Insane asylums Bombay 1873-77 - 1873-1877
Year: 1873
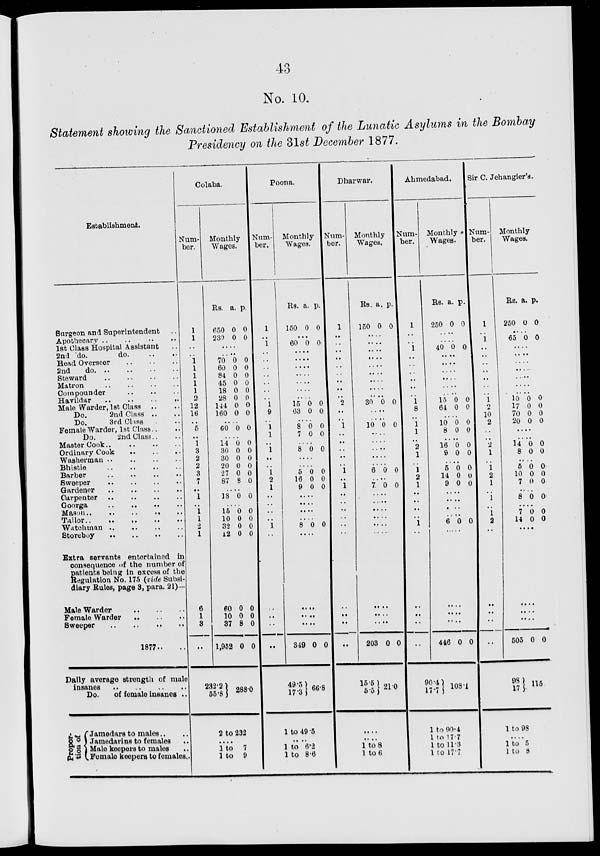
43
No. 10.
Statement showing the Sanctioned Establishment of the Lunatic Asylums in the Bombay
Presidency on the 31st December 1877.
Establishment.
Surgeon and Superintendent ..
Apothecary .. .. .. ..
1st Class Hospital Assistant ..
2nd do.
do. .. ..
Head Overseer
..
..
..
2nd do. .. .. .. ..
Steward
..
..
..
..
Matron
..
..
..
..
Compounder .. .. ..
Havildar
..
..
..
..
Male Warder, 1st Class .. ..
Do.
2nd Class .. ..
Do.
3rd Class ..
Female Warder, 1st Class .. ..
Do.
2nd Class .. ..
Master Cook ..
..
..
..
Ordinary Cook .. .. .. ..
Washerman .. .. .. ..
Bhistie
..
..
..
..
Barber
..
..
..
..
Sweeper
..
..
..
..
Gardener .. .. .. ..
Carpenter
..
..
..
..
Goorga
..
..
..
..
Mason
..
..
..
..
..
Tailor
..
..
..
..
..
Watchman .. .. .. ..
Storeboy .. .. .. ..
Extra servants entertained in
consequence of the number of
patients being in excess of the
Regulation No. 175 (vide Subsi-
diary Rules, page 3, para. 21)—
Male Warder
..
..
..
Female Warder
.. .. ..
Sweeper
..
..
..
..
1877.. ..
Daily average strength of male
insanes
..
..
..
..
Do.
of female insanes ..
Propor-
tion of
Jamedars to males .. ..
Jamedarins to females ..
Male keepers to males ..
Female keepers to females ..
Colaba.
Num-
ber.
1
1
..
..
1
1
1
1
1
2
12
16
..
5
..
1
3
2
2
3
7
..
1
..
1
1
2
1
6
1
3
..
Monthly
Wages.
Rs.
650
230
a.
0
0
p.
0
0
....
....
70
60
84
45
18
28
144
160
0
0
0
0
0
0
0
0
0
0
0
0
0
0
0
0
....
60 0 0
....
14
30
30
20
27
87
0
0
0
0
0
8
0
0
0
0
0
0
....
18 0 0
....
15
10
32
12
0
0
0
0
0
0
0
0
60
10
37
1,952
232.2
55.8
0
0
8
0
0
0
0
0
288.0
2 to 232
....
1 to 7
1 to 9
Poona.
Num-
ber.
1
..
1
..
..
..
..
..
..
..
1
9
..
1
1
..
1
..
..
1
2
1
..
..
..
..
1
..
..
..
..
..
Monthly
Wages.
Rs.
150
a.
0
p.
0
...
60 0 0
....
....
....
....
....
....
....
15
63
0
0
0
0
....
8
7
0
0
0
0
....
8 0 0
....
....
5
16
9
0 0
0
0
0
0
....
....
....
....
8 0 0
....
....
....
....
349
49.5
17.3
0 0
66.8
1 to 49.5
....
1 to 6.2
1 to 8.6
Dharwar.
Num-
ber.
1
..
..
..
..
..
..
..
..
..
2
..
..
1
..
..
..
..
..
1
..
1
..
..
..
..
..
..
..
..
..
..
Monthly
Wages.
Rs.
150
a.
0
p.
0
....
....
....
....
....
....
....
....
....
30 0 0
....
....
10 0 0
....
....
....
....
....
6 0 0
....
7 0 0
....
....
....
....
....
....
....
....
....
203
15.5
5.5
0 0
21.0
....
....
1 to 8
1 to 6
Ahmedabad.
Num-
ber.
1
..
..
1
..
..
..
..
..
..
1
8
..
1
1
..
2
1
..
1
2
1
..
..
..
..
1
..
..
..
..
..
Monthly
Wages.
Rs.
250
a.
0
p.
0
....
....
40 0 0
....
....
....
....
....
....
15
64
0
0
0
0
....
10
8
0
0
0
0
....
16
9
0
0
0
0
....
5
14
9
0
0
0
0
0
0
....
....
....
....
6 0 0
....
....
....
446
90.4
17.7
0 0
108.1
1 to 90.4
1 to 17.7
1 to 11.3
1 to 17.7
Sir C. Jehangier's.
Num-
ber.
1
..
1
..
..
..
..
..
..
..
1
2
10
2
..
..
2
1
..
1
2
1
..
1
..
1
2
..
..
..
..
..
Monthly
Wages.
Rs.
250
a.
0
p.
0
....
65
0 0
....
....
....
....
....
....
....
10
17
70
20
0
0
0
0
0
0
0
0
....
....
14
8
0
0
0
0
....
5
10
7
0
0
0
0
0
0
....
8 0 0
....
7
14
0
0
0
0
....
....
....
....
505
98
17
0 0
115
1 to 98
....
1 to 5
1 to 8